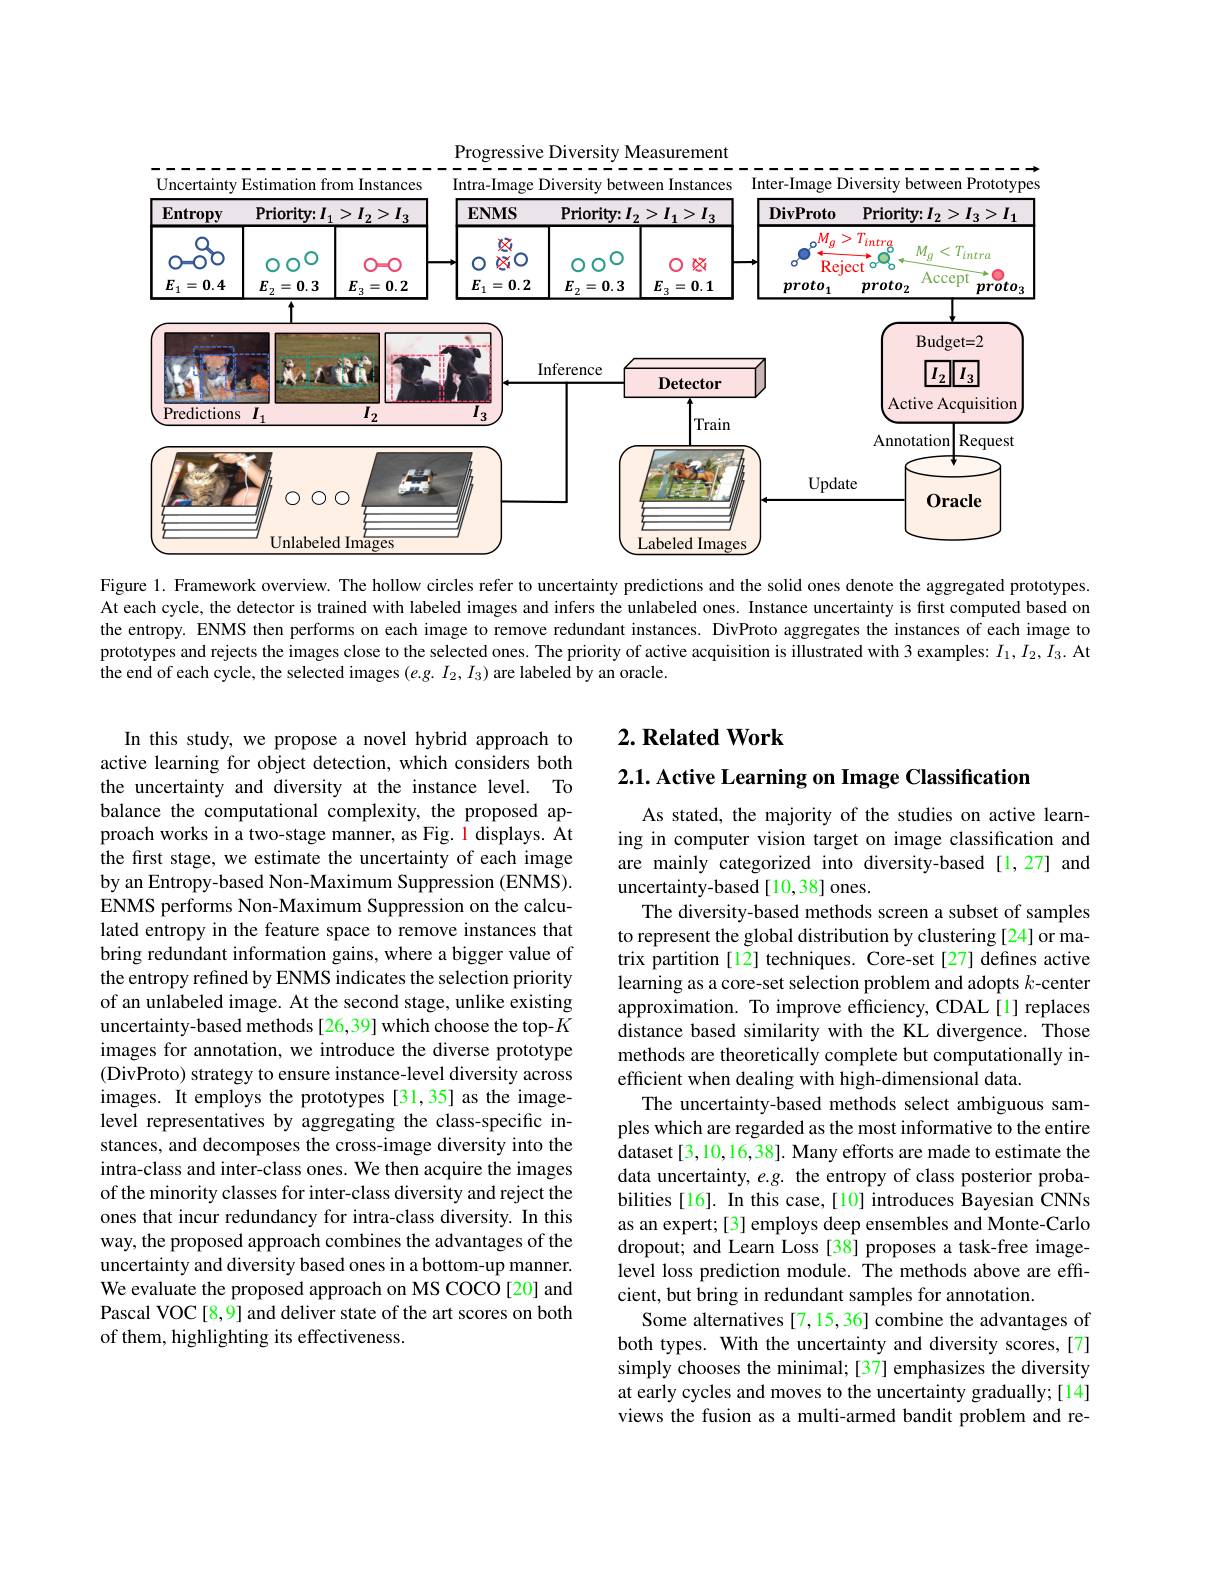
Progressive Diversity Measurement
Uncertainty Estimation from Instances
$Intra.$
Diversity between Instances Inter-
Diversity between
<FigureHere>

Figure 1. Framework overview. The hollow circles refer to uncertainty predictions and the solid ones denote the aggregated prototypes. At each cycle, the detector is trained with labeled images and infers the unlabeled ones. Instance uncertainty is first computed based on the entropy. ENMS then performs on each image to remove redundant instances. DivProto aggregates the instances of each image to prototypes and rejects the images close to the selected ones. The priority of active acquisition is illustrated with 3 examples: $I_1,I_2,\tilde{I}_3.$ At the end of each cycle, the selected images $(e.g.I_2,I_3)$ are labeled by an oracle.

## $2. \textbf{ Related Work}$

2.1. Active Learning on Image Classification

In this study, we propose a novel hybrid approach to active learning for object detection, which considers both the uncertainty and diversity at the instance level. To balance the computational complexity, the proposed approach works in a two-stage manner, as Fig. l displays. At the first stage, we estimate the uncertainty of each image by an Entropy-based Non-Maximum Suppression (ENMS). ENMS performs Non-Maximum Suppression on the calculated entropy in the feature space to remove instances that bring redundant information gains, where a bigger value of the entropy refined by ENMS indicates the selection priority of an unlabeled image. At the second stage, unlike existing uncertainty-based methods[26,39] which choose the top-$K$ images for annotation, we introduce the diverse prototype (DivProto) strategy to ensure instance-level diversity across images. It employs the prototypes [31,35] as the imagelevel representatives by aggregating the class-specific instances, and decomposes the cross-image diversity into the intra-class and inter-class ones. We then acquire the images of the minority classes for inter-class diversity and reject the ones that incur redundancy for intra-class diversity. In this way, the proposed approach combines the advantages of the uncertainty and diversity based ones in a bottom-up manner. We evaluate the proposed approach on MS COCO[20] and Pascal VOC[8,9] and deliver state of the art scores on both of them, highlighting its effectiveness.

As stated, the majority of the studies on active learning in computer vision target on image classification and are mainly categorized into diversity-based [1,27] and uncertainty-based [10,38] ones.
The diversity-based methods screen a subset of samples to represent the global distribution by clustering [24] or matrix partition [12] techniques. Core-set [27] defines active learning as a core-set selection problem and adopts $k$-center approximation. To improve efficiency, CDAL[l] replaces distance based similarity with the KL divergence. Those methods are theoretically complete but computationally inefficient when dealing with high-dimensional data.
The uncertainty-based methods select ambiguous samples which are regarded as the most informative to the entire dataset [3,10,16,38]. Many efforts are made to estimate the data uncertainty, $e.g.$ the entropy of class posterior probabilities [16]. In this case, [10] introduces Bayesian CNNs as an expert; [3] employs deep ensembles and Monte-Carlo dropout; and Learn Loss [38] proposes a task-free imagelevel loss prediction module. The methods above are efficient, but bring in redundant samples for annotation.
Some alternatives [7,15,36] combine the advantages of both types. With the uncertainty and diversity scores,[7] simply chooses the minimal;[37] emphasizes the diversity at early cycles and moves to the uncertainty gradually; [14] views the fusion as a multi-armed bandit problem and re-